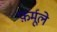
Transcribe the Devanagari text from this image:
फ़र्मूले